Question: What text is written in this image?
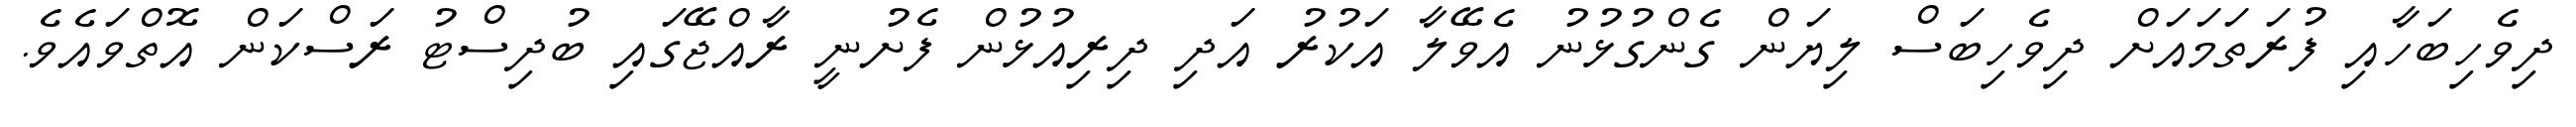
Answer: ދިވެހިބަހާއި ފުރަތަމައަށް ދިވެހިބަސް ލިޔަން ގެންގުޅުނު އެވޭލާ އަކުރު އަދި ދިރިއުޅުން ފެށުނީ ރާއްޖޭގައި ބުދިސްޓު ރަސްކަން އޮތްވައެވެ.